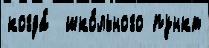
когда́  шко́льного пункт